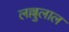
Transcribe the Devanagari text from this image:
लल्लुलाल